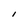
Character: I